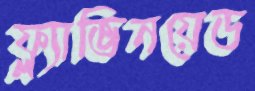
ফ্ল্যাভিনয়েড